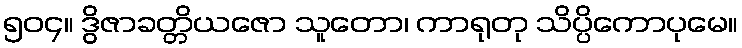
၅၀၄။ ဒွိဇာခတ္တိယဇော သူတော၊ ကာရုတု သိပ္ပိကောပုမေ။